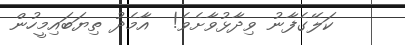
ކަލޭގެފާނު ވިދާޅުވާށެވެ!  އާމެދު ތިޔަބައިމީހުން